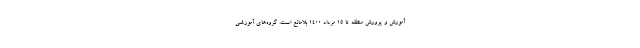
آموزش و پرورش منطقه تا ۱۵ مرداد ۱۴۰۰ بلامانع است. گروه‌های آموزشی